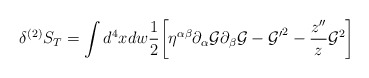
\begin{align*}\delta^{(2)} S_{T} = \int d^4 x d w \frac{1}{2}\biggl[ \eta^{\alpha\beta} \partial_{\alpha} {\cal G} \partial_{\beta}{\cal G} - {{\cal G}'}^2- \frac{z''}{z} {\cal G}^2\biggr]\end{align*}